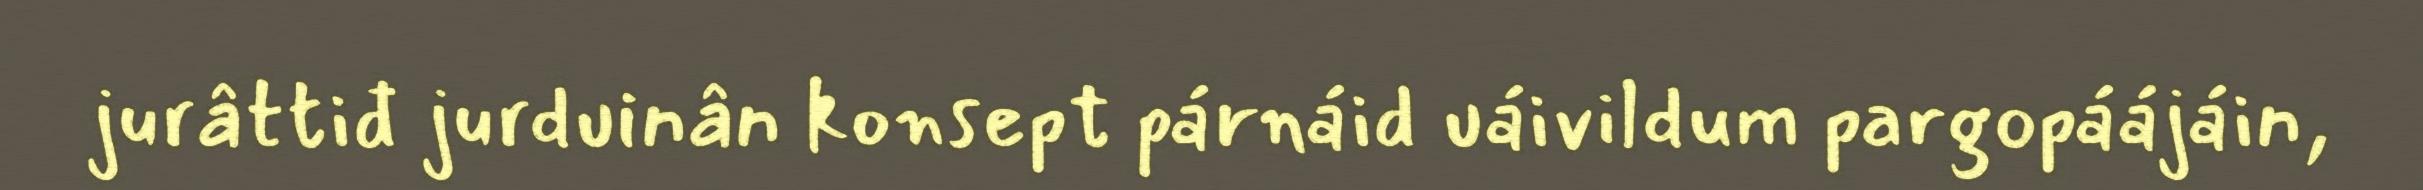
jurâttiđ jurduinân konsept párnáid uáivildum pargopáájáin,